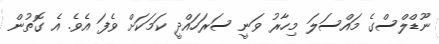
ނޫޑްލްސްގެ މައްސަލަ މިހާރު ވަނީ ސަރަހައްދީ ކަމަކަށް ވެފަ އެވެ. އެ ގޮތުން